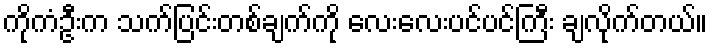
ကိုကံဦးက သက်ပြင်းတစ်ချက်ကို လေးလေးပင်ပင်ကြီး ချလိုက်တယ်။